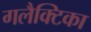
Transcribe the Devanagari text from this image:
गलैक्टिका